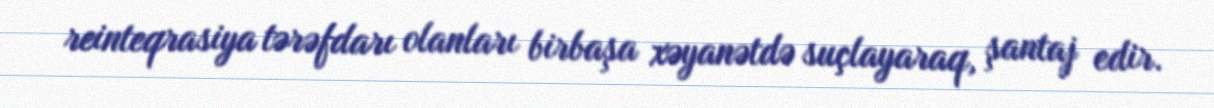
reinteqrasiya tərəfdarı olanları birbaşa xəyanətdə suçlayaraq, şantaj edir.